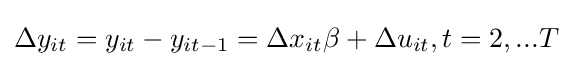
\Delta y_{it}=y_{it}-y_{it-1}=\Delta x_{it}\beta +\Delta u_{it},t=2,...T